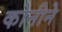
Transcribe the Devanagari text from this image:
कोनीने